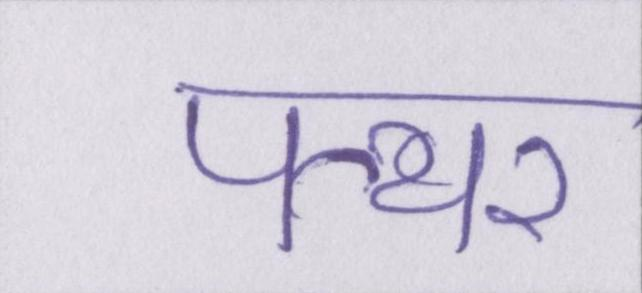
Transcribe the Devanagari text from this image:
पत्थर